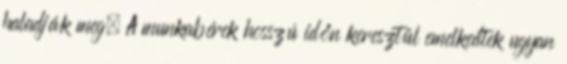
haladják meg. A munkabérek hosszú időn keresztül emelkedtek ugyan